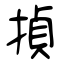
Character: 揁